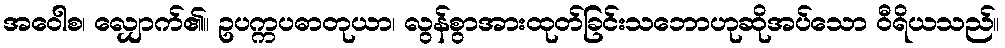
အဝေါစ၊ လျှောက်၏။ ဥပက္ကပဓာတုယာ၊ လွန်စွာအားထုတ်ခြင်းသဘောဟုဆိုအပ်သော ဝီရိယသည်။